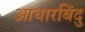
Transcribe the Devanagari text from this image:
आधारबिंदु